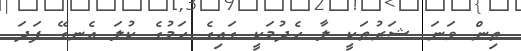
ތިން ވަނަ ޝަރުޠަކީ ލާ ހެދުމަކީ ގައިގެ ހަމުގެ ކުލަ އެނގޭ ފަދަ